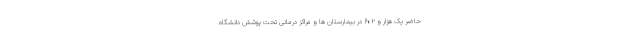
حاضر یک هزار و ۶۰۲ در بیمارستان ها و مراکز درمانی تحت پوشش دانشگاه